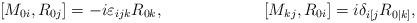
LaTeX: \begin{align*}[M_{0i},R_{0j}]=-i\varepsilon_{ijk}R_{0k},\hspace{1in}[M_{kj},R_{0i}]=i\delta_{i[j}R_{0|k]},\end{align*}